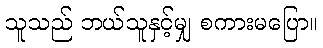
သူသည် ဘယ်သူနှင့်မျှ စကားမပြော။